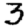
Digit: 3